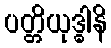
ပတ္တိယုဒ္ဓါနိ